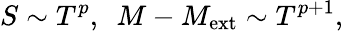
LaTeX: S\sim T^{p},\ \ M-M_{\mathrm{ext}}\sim T^{p+1},